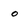
Character: 0